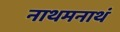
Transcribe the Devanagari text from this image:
नाथमनाथं